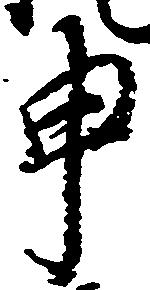
申